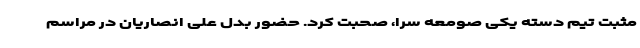
مثبت تیم دسته یکی صومعه سرا، صحبت کرد. حضور بدل علی انصاریان در مراسم